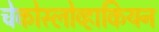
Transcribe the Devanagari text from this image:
चेकोस्लोव्हाकियन